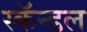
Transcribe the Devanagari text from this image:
स्कॅन्डल